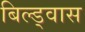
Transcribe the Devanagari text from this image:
बिल्ड्वास